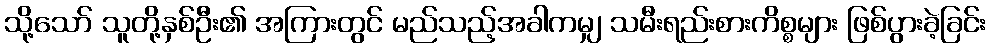
သို့သော် သူတို့နှစ်ဦး၏ အကြားတွင် မည်သည့်အခါကမျှ သမီးရည်းစားကိစ္စများ ဖြစ်ပွားခဲ့ခြင်း